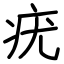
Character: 疣